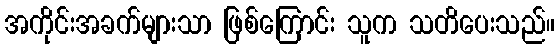
အကိုင်းအခက်များသာ ဖြစ်ကြောင်း သူက သတိပေးသည်။